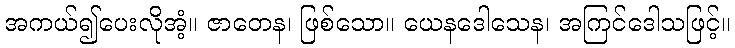
အကယ်၍ပေးလိုအံ့။ ဇာတေန၊ ဖြစ်သော။ ယေနဒေါသေန၊ အကြင်ဒေါသဖြင့်။